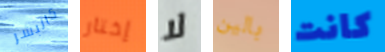
كالبشر إختار لا بالين كانت